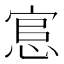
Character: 悹